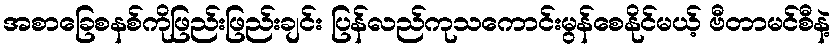
အစာခြေစနစ်ကိုဖြည်းဖြည်းချင်း ပြန်လည်ကုသကောင်းမွန်စေနိုင်မယ့် ဗီတာမင်စီနဲ့